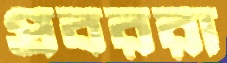
প্রবররা